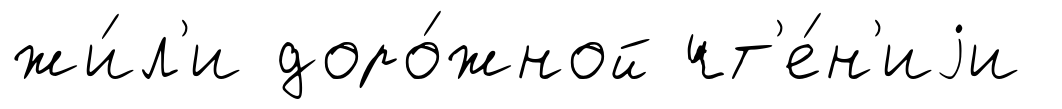
жи́л'и доро́жной чт'е́н'иjи